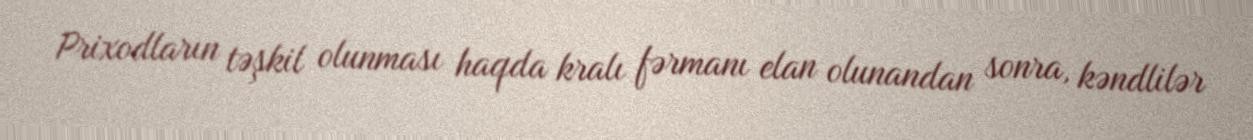
Prixodların təşkil olunması haqda kralı fərmanı elan olunandan sonra, kəndlilər